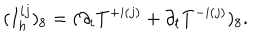
LaTeX: ( I _ { h } ^ { i j } ) _ { 8 } = ( \partial _ { t } T ^ { + i ( j ) } + \partial _ { t } T ^ { - i ( j ) } ) _ { 8 } .